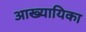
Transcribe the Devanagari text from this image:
अाख्यायिका